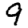
Digit: 9